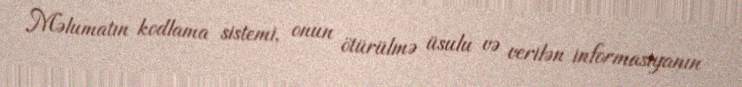
Məlumatın kodlama sistemi, onun ötürülmə üsulu və verilən informasiyanın